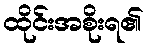
ထိုင်းအစိုးရ၏